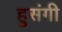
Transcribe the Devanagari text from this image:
हुसंगी